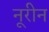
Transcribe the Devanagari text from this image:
नूरीन